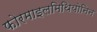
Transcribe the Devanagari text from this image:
फोरमाइलमिथियोनिन